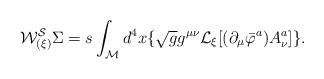
LaTeX: \begin{align*}{\cal W^{S}_{(\xi)}} \Sigma = s \int_{\cal M} d^{4}x \lbrace \sqrt{g} g^{\mu\nu} {\cal L}_{\xi} \lbrack ( \partial_{\mu} \bar{\varphi}^{a} ) A^{a}_{\nu} \rbrack \rbrace .\end{align*}